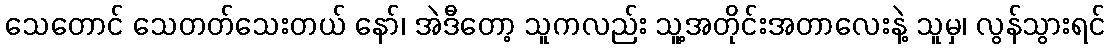
သေတောင် သေတတ်သေးတယ် နော်၊ အဲဒီတော့ သူကလည်း သူ့အတိုင်းအတာလေးနဲ့ သူမှ၊ လွန်သွားရင်